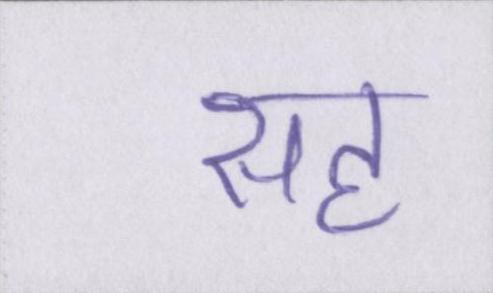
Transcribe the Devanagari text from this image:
सह